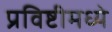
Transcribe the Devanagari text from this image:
प्रविष्टीमध्ये